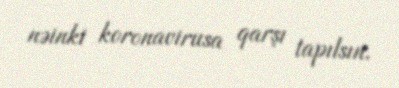
nəinki koronavirusa qarşı tapılsın.